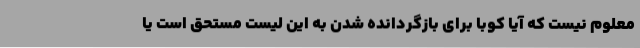
معلوم نیست که آیا کوبا برای بازگردانده شدن به این لیست مستحق است یا